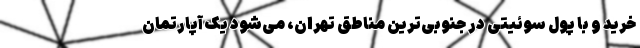
خرید و با پول سوئیتی در جنوبی‌ترین مناطق تهران، می‌شود یک آپارتمان